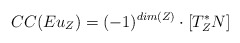
\begin{align*} CC(Eu_Z)= (-1)^{dim(Z)}\cdot \left[T^*_ZN\right]\end{align*}